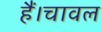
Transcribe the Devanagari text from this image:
हैं।चावल